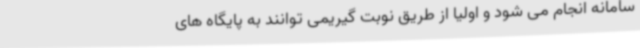
سامانه انجام می شود و اولیا از طریق نوبت گیریمی توانند به پایگاه های